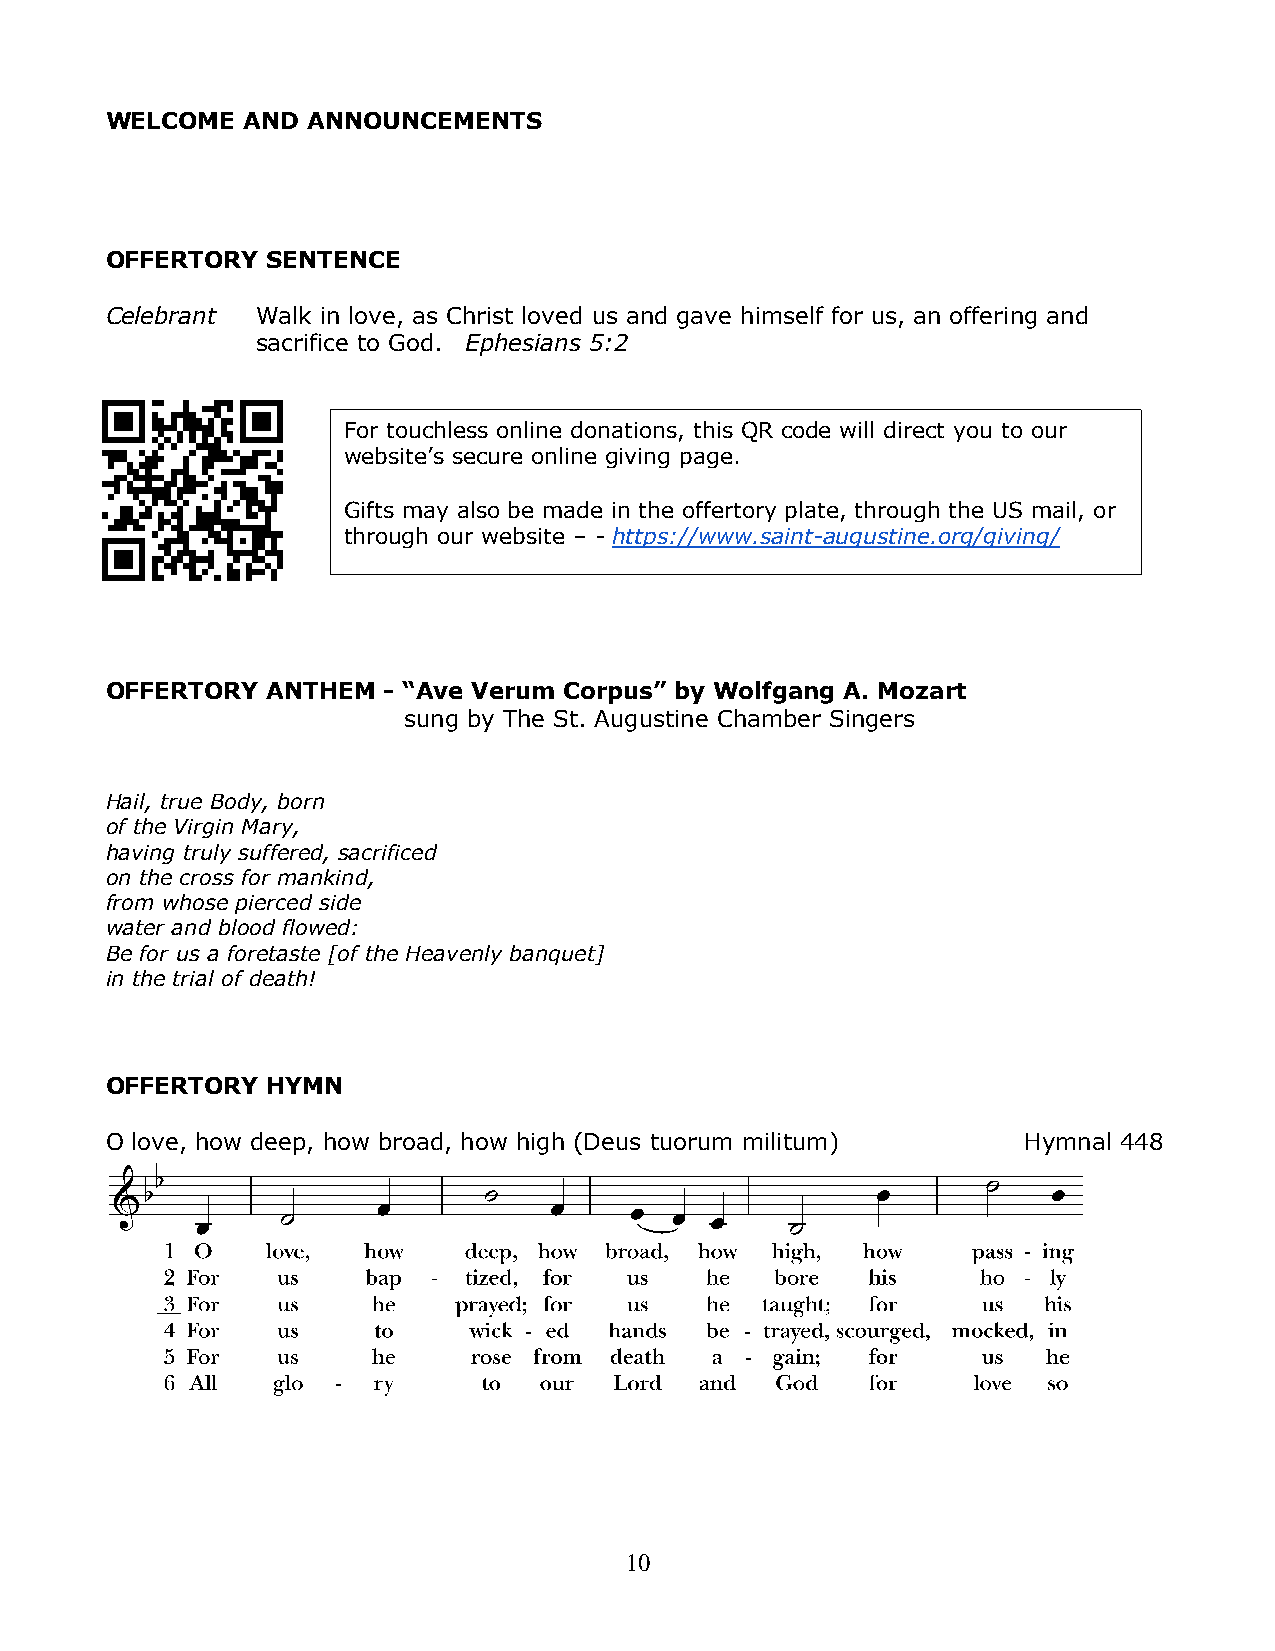
WELCOME  AND ANNOUNCEMENTS
 OFFERTORY  SENTENCE
 Celebrant Walk in love, as Christ loved us and gave himself for us, an offering and
 sacrifice to God. Ephesians 5:2
 For touchless online donations, this QR code will direct you to our
 website’s secure online giving page.
 Gifts may also be made in the offertory plate, through the US mail, or
 through our website – - https://www.saint-augustine.org/giving/
 OFFERTORY  ANTHEM - “Ave Verum Corpus” by Wolfgang A. Mozart
 sung by The St. Augustine Chamber Singers
 Hail, true Body, born
 of the Virgin Mary,
 having truly suffered, sacrificed
 on the cross for mankind,
 from whose pierced side
 water and blood flowed:
 Be for us a foretaste [of the Heavenly banquet]
 in the trial of death!
 OFFERTORY  HYMN
 O love, how deep, how broad, how high (Deus tuorum militum)  Hymnal 448
 10